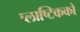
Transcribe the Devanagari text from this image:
प्लाष्टिकको